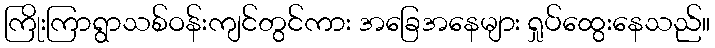
ကြိုးကြာရွာသစ်ဝန်းကျင်တွင်ကား အခြေအနေများ ရှုပ်ထွေးနေသည်။